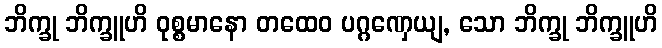
ဘိက္ခု ဘိက္ခူဟိ ဝုစ္စမာနော တထေဝ ပဂ္ဂဏှေယျ, သော ဘိက္ခု ဘိက္ခူဟိ